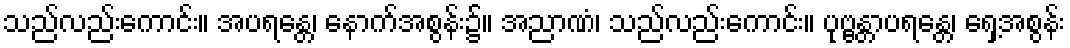
သည်လည်းကောင်း။ အပရန္တေ၊ နောက်အစွန်း၌။ အညာဏံ၊ သည်လည်းကောင်း။ ပုဗ္ဗန္တာပရန္တေ၊ ရှေ့အစွန်း